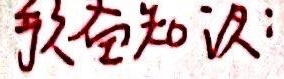
预备知识：